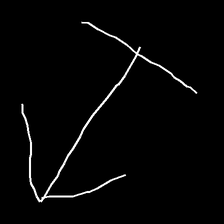
Glyph: levitation